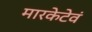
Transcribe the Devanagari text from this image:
मारकेटेवं